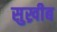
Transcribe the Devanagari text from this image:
सुख्रीब